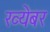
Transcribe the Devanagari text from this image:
ख्येबर